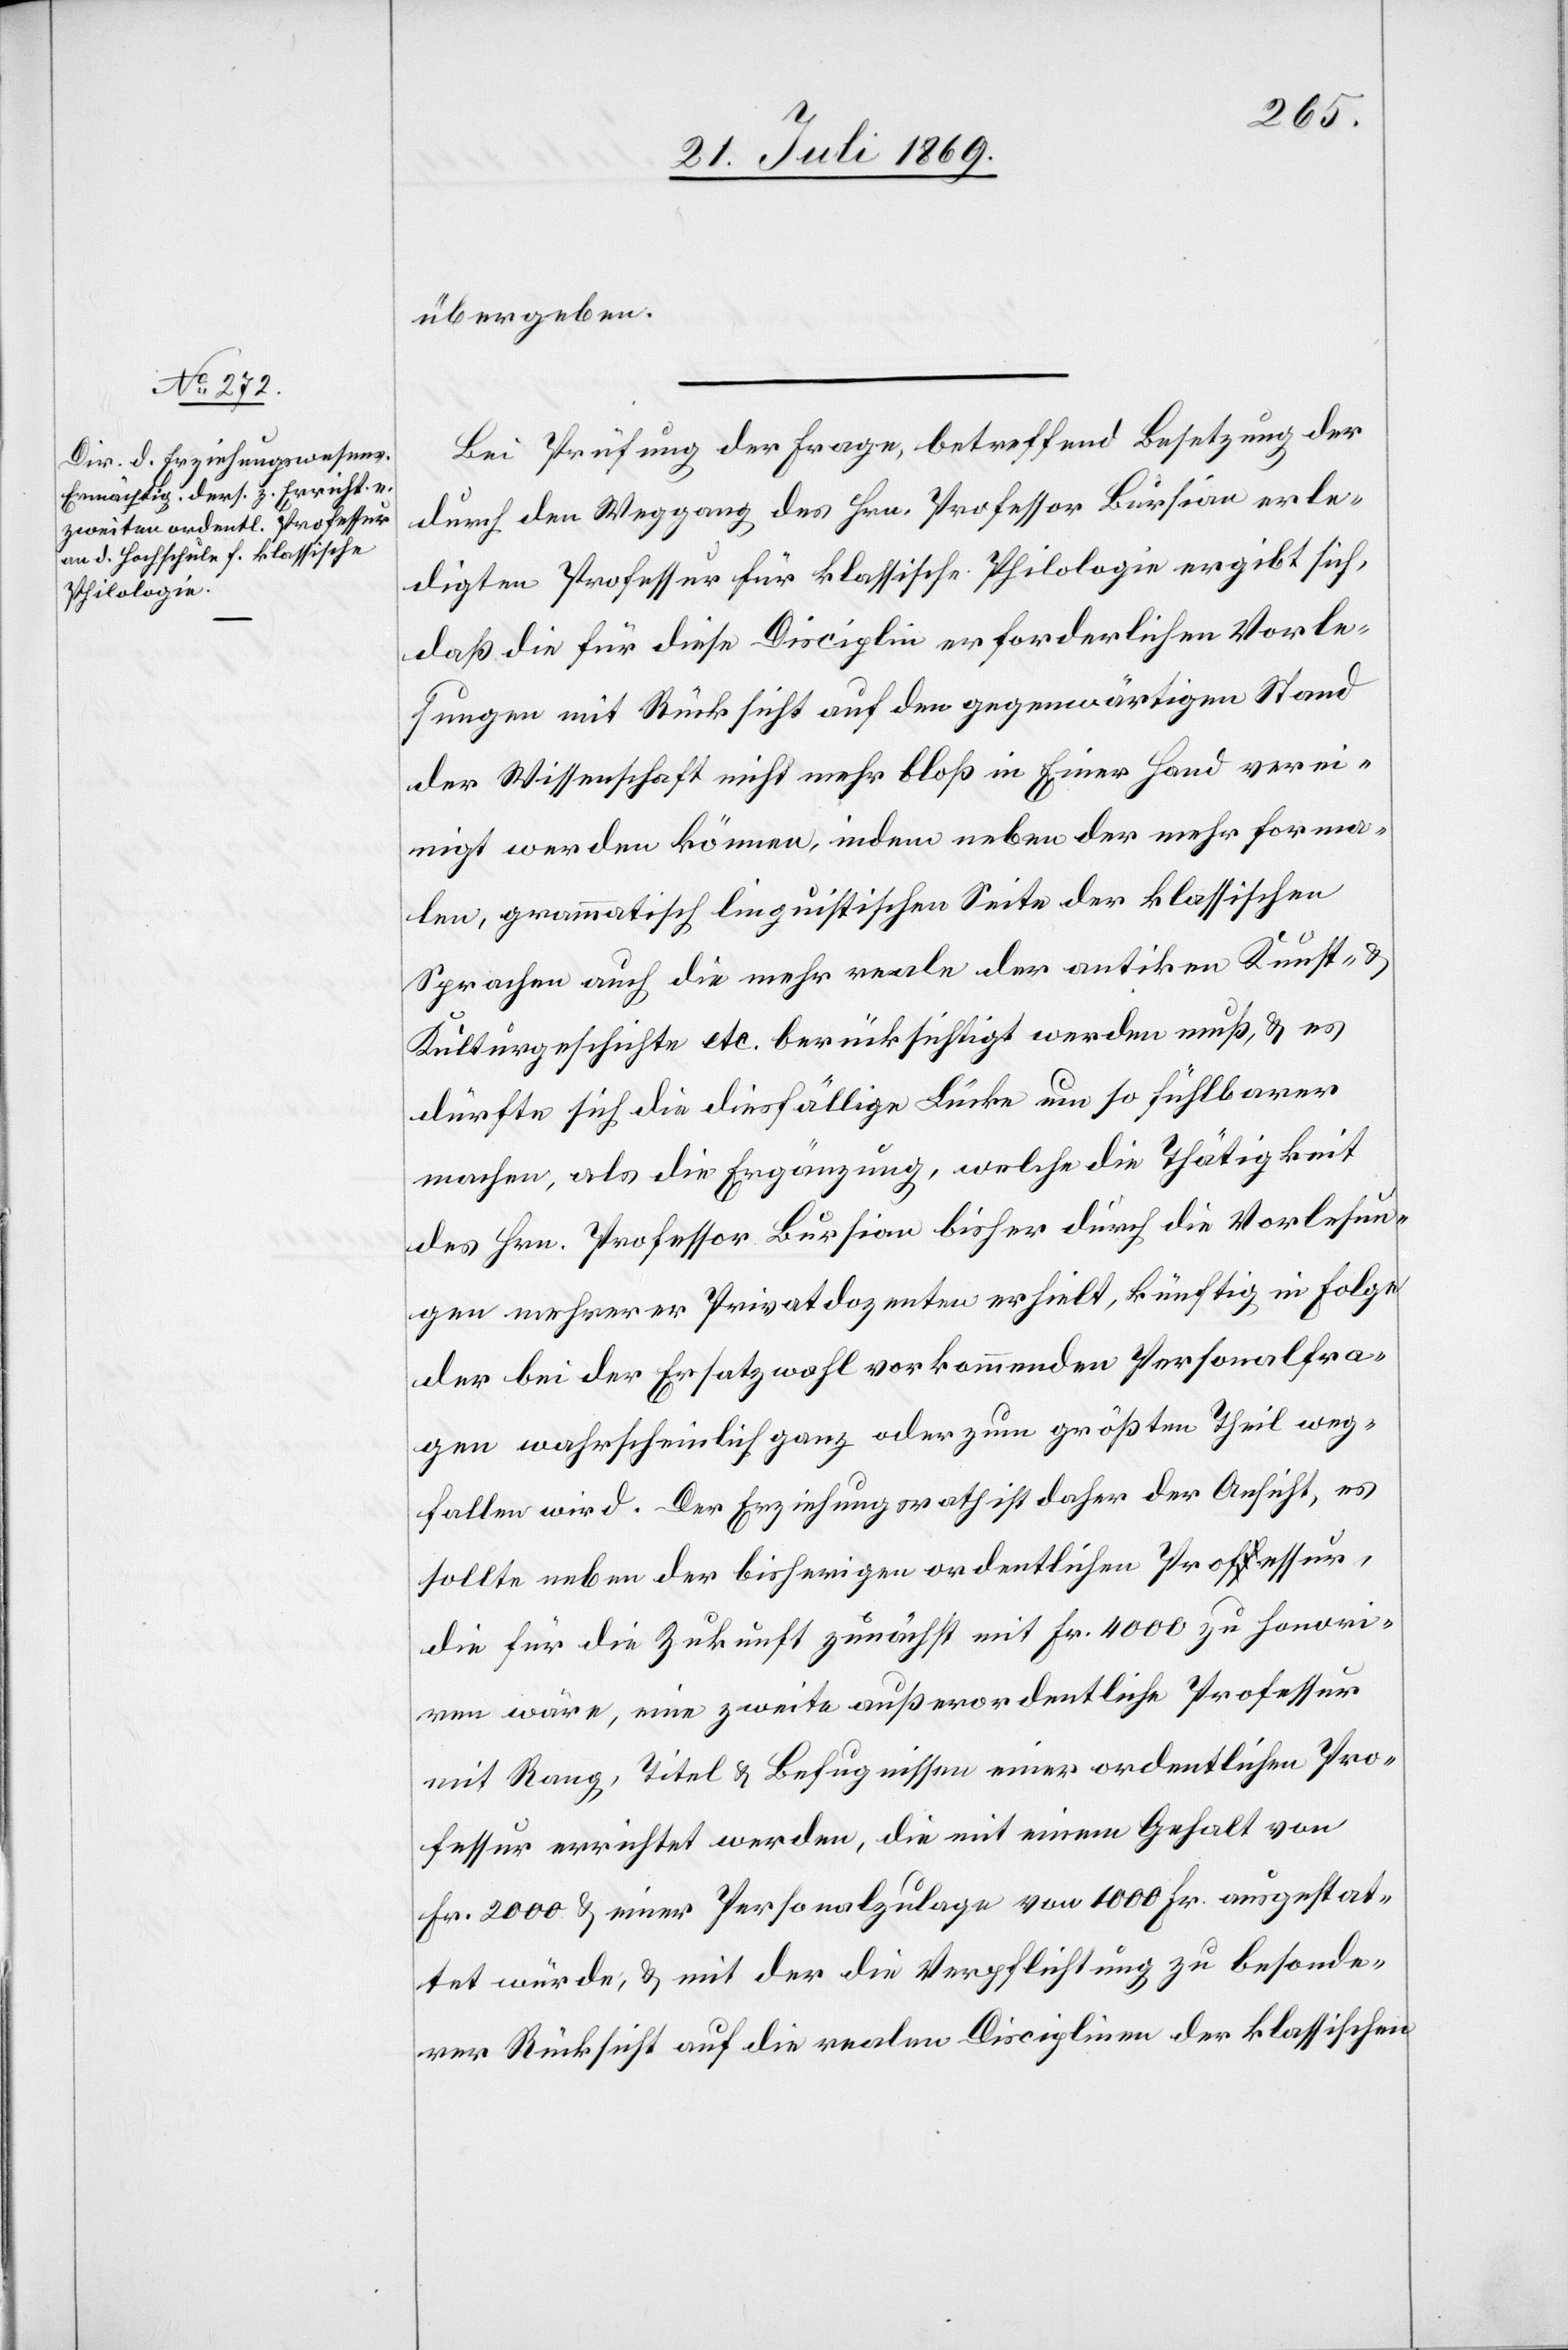
übergeben.
Bei Prüfung der Frage, betreffend Besetzung der
durch den Weggang des Hrn. Professor Bursion erle¬
digten Professur für klassische Philologie ergibt sich,
daß die für diese Disciplin erforderlichen Vorle¬
sungen mit Rücksicht auf den gegenwärtigen Stand
der Wissenschaft nicht mehr bloß in Einer Hand verei¬
nigt werden können, indem neben der mehr forma¬
len, grammatisch linguistischen Seite der klassischen
Sprachen auch die mehr reale der antiken Kunst- u.
Kulturgeschichte etc. berücksichtigt werden muß, u. es
dürfte sich die diesfällige Lücke um so fühlbarer
machen, als die Ergänzung, welche die Thätigkeit
des Hrn. Professor Bursion bisher durch die Vorlesun¬
gen mehrerer Privatdozenten erhielt, künftig in Folge
der bei der Ersatzwahl vorkommenden Personalfra¬
gen wahrscheinlich ganz oder zum größten Theil weg¬
fallen wird. Der Erziehungsrath ist daher der Ansicht, es
sollte neben der bisherigen ordentlichen Professur,
die für die Zukunft zunächst mit Fr. 4000 zu honori¬
ren wäre, eine zweite außerordentliche Professur
mit Rang, Titel u. Befugnissen einer ordentlichen Pro¬
fessur errichtet werden, die mit einem Gehalt von
Fr. 2000 u. einer Personalzulage von 1000 Fr. ausgestat¬
tet würde, u. mit der die Verpflichtung zu besonde¬
rer Rücksicht auf die realen Disciplinen der klassischen